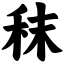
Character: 秣